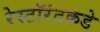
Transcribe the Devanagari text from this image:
रेस्टॉरंटकडे